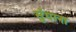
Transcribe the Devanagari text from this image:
सुँघाना